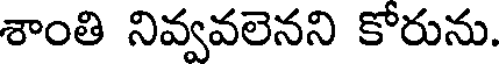
శాంతి నివ్వవలెనని కోరును.